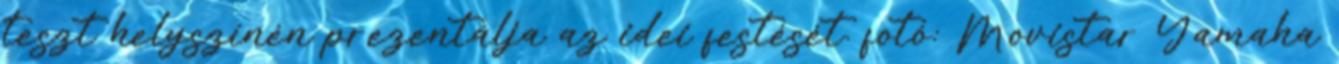
teszt helyszínén prezentálja az idei festését. fotó: Movistar Yamaha